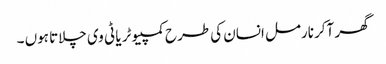
گھر آکر نارمل انسان کی طرح کمپیوٹر یا ٹی وی چلاتا ہوں ۔